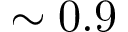
\sim 0 . 9